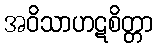
အဝိသာဟဋစိတ္တာ